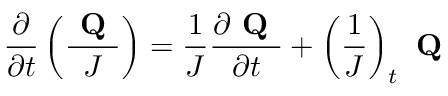
\frac { \partial } { \partial t } \left( \frac { \textbf { Q } } { J } \right) = \frac { 1 } { J } \frac { \partial \textbf { Q } } { \partial t } + \left( \frac { 1 } { J } \right) _ { t } \textbf { Q }